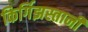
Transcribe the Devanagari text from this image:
किर्गिझस्तानी